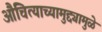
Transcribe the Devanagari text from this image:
औचित्याच्यामुद्द्यामुळे